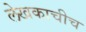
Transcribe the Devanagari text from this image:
लेखकाचीच